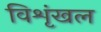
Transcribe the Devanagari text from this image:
विशृंखल